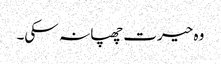
وہ حیرت چھپا نہ سکی۔